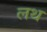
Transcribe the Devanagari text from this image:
लथ